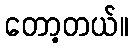
တော့တယ်။